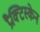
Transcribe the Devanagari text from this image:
प्रैक्टिस्केन